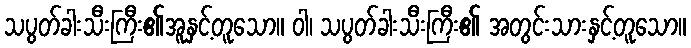
သပွတ်ခါးသီးကြီး၏အူနှင့်တူသော။ ဝါ၊ သပွတ်ခါးသီးကြီး၏ အတွင်းသားနှင့်တူသော။